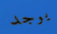
يوجد